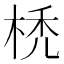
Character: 𣒇